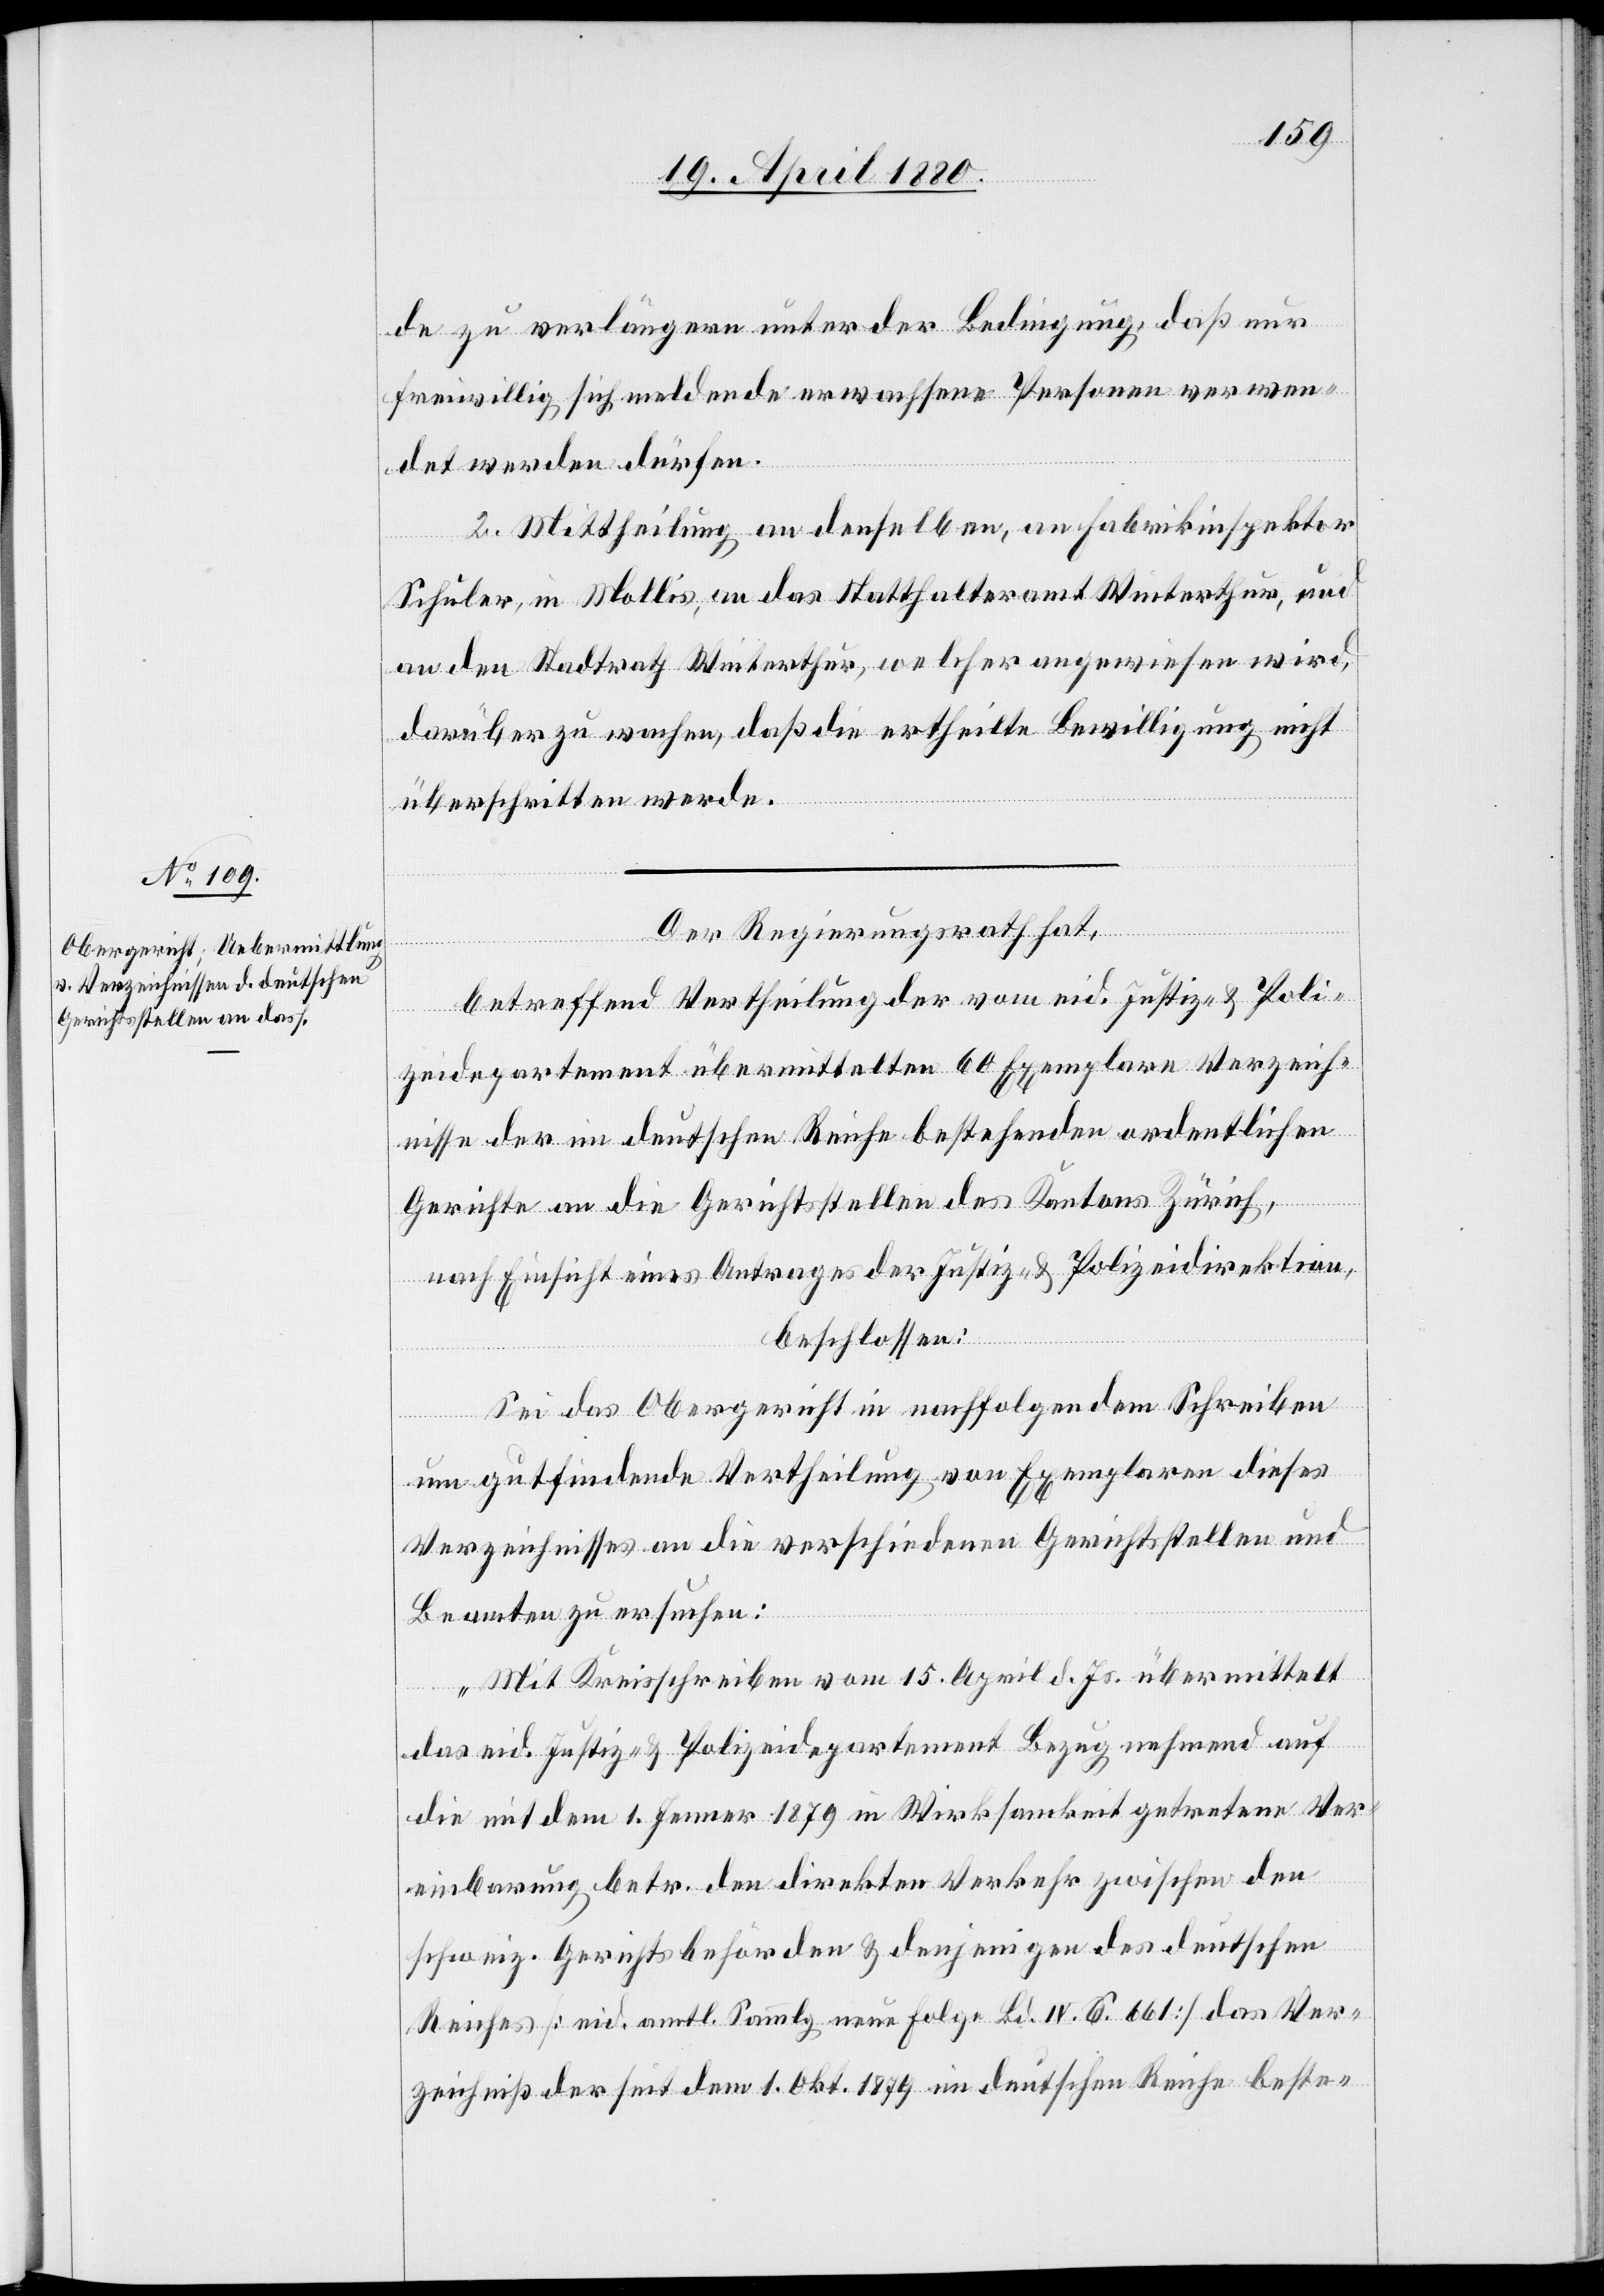
de zu verlängern unter der Bedingung, daß nur
freiwillig sich meldende erwachsene Personen verwen¬
det werden dürfen.
3. Mittheilung an denselben, an Fabrikinspektor
Schuler, in Mollis, an das Statthalteramt Winterthur, und
an den Stadtrath Winterthur, welcher angewiesen wird,
darüber zu wachen, daß die ertheilte Bewilligung nicht
überschritten werde.